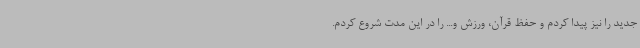
جدید را نیز پیدا کردم و حفظ قرآن، ورزش و... را در این مدت شروع کردم.